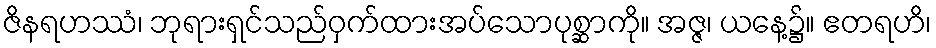
ဇိနရဟဿံ၊ ဘုရားရှင်သည်ဝှက်ထားအပ်သောပုစ္ဆာကို။ အဇ္ဇ၊ ယနေ့၌။ ဧတရဟိ၊